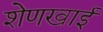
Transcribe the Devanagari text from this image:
शेणखाई